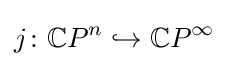
j\colon \mathbb {C} P^{n}\hookrightarrow \mathbb {C} P^{\infty }